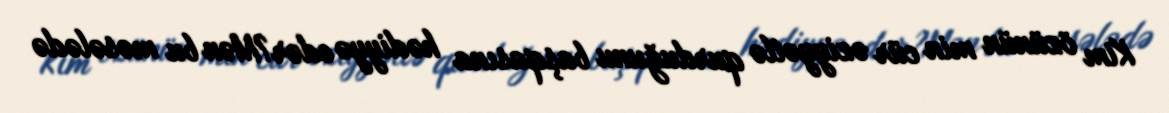
Kim özünün min cür əziyyətlə qurduğunu başqasına hədiyyə edər?Mən bu məsələdə